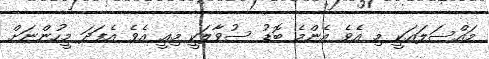
މައްސަލައަކީ މި އެވެ އެންމެ ބޮޑު ސުވާލަކީ މިއީ އެވެ އެފަދަ މީހުންނަށް